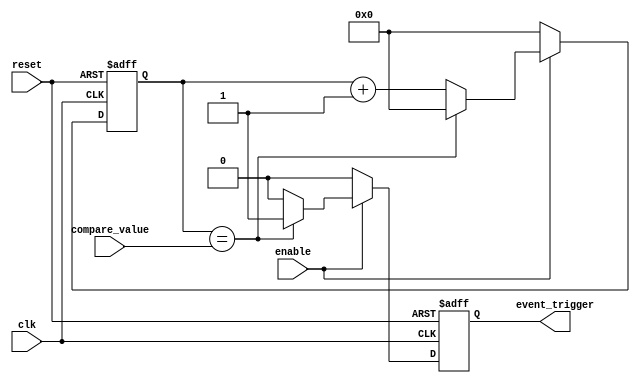
module EventTimer(
    input wire clk,
    input wire reset,
    input wire enable,
    input wire [15:0] compare_value,
    output reg event_trigger
);

reg [15:0] counter;

always @(posedge clk or posedge reset) begin
    if (reset) begin
        counter <= 0;
        event_trigger <= 0;
    end else if (enable) begin
        if (counter == compare_value) begin
            counter <= 0;
            event_trigger <= 1;
        end else begin
            counter <= counter + 1;
            event_trigger <= 0;
        end
    end else begin
        counter <= 0;
        event_trigger <= 0;
    end
end

endmodule